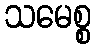
သမေစ္စ